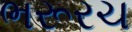
ભરૂરચ